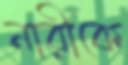
নারীকে